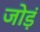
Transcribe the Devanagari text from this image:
जोड़ं